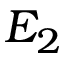
E _ { 2 }